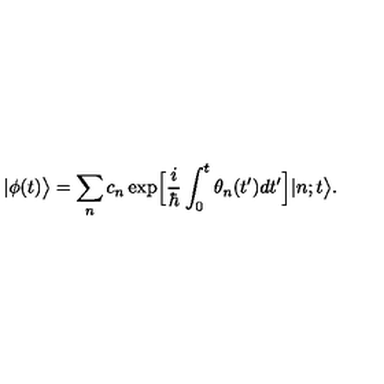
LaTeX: | \phi ( t ) \bigr > = \sum _ { n } c _ { n } \exp \Bigl [ \frac { i } { \hbar } \int _ { 0 } ^ { t } \theta _ { n } ( t ^ { \prime } ) d t ^ { \prime } \Bigr ] | n ; t \bigr > .